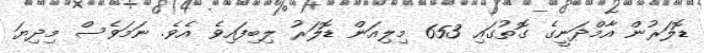
ޑޮލަރުން އާމްދަނީގެ ގޮތުގައި 653 މިލިއަން ޑޮލަރު ލިބިފައިވެ އެވެ. ނަމަވެސް މިދިޔަ